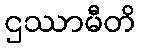
ဌဿာမီတိ